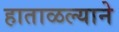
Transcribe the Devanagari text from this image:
हाताळल्याने